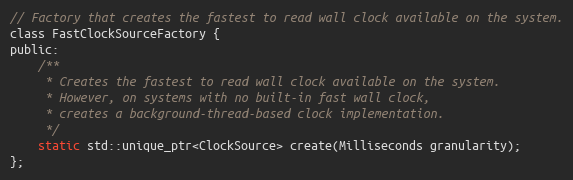
Language: C
// Factory that creates the fastest to read wall clock available on the system.
class FastClockSourceFactory {
public:
    /**
     * Creates the fastest to read wall clock available on the system.
     * However, on systems with no built-in fast wall clock,
     * creates a background-thread-based clock implementation.
     */
    static std::unique_ptr<ClockSource> create(Milliseconds granularity);
};